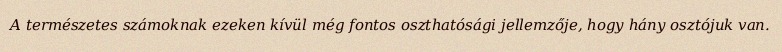
A természetes számoknak ezeken kívül még fontos oszthatósági jellemzője, hogy hány osztójuk van.